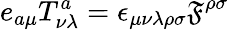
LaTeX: e_{a\mu}T_{\nu\lambda}^{a}=\epsilon_{\mu\nu\lambda\rho\sigma}\mathfrak{F}^{\rho\sigma}